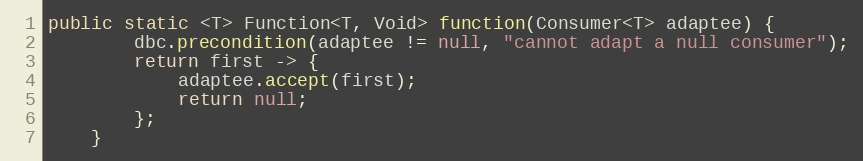
Language: Java
public static <T> Function<T, Void> function(Consumer<T> adaptee) {
        dbc.precondition(adaptee != null, "cannot adapt a null consumer");
        return first -> {
            adaptee.accept(first);
            return null;
        };
    }